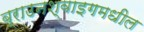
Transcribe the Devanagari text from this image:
ब्राउनश्वाइगमधील